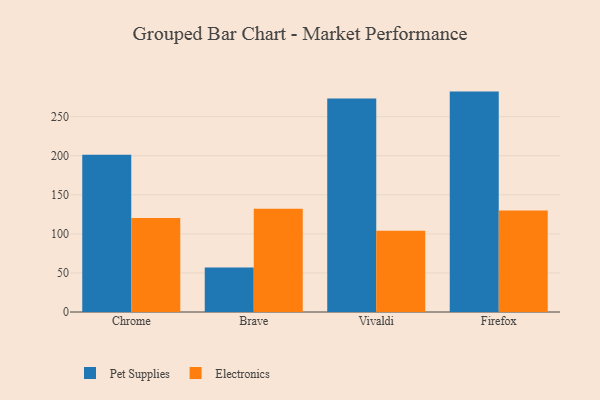
{"axis": {"x": "Browser", "y": "Shipments"}, "legend": ["Electronics", "Pet Supplies"], "data": [{"x": "Chrome", "y": 201.3, "type": "Pet Supplies"}, {"x": "Chrome", "y": 120.2, "type": "Electronics"}, {"x": "Brave", "y": 56.8, "type": "Pet Supplies"}, {"x": "Brave", "y": 132.2, "type": "Electronics"}, {"x": "Vivaldi", "y": 273.3, "type": "Pet Supplies"}, {"x": "Vivaldi", "y": 104.0, "type": "Electronics"}, {"x": "Firefox", "y": 282.1, "type": "Pet Supplies"}, {"x": "Firefox", "y": 129.8, "type": "Electronics"}]}